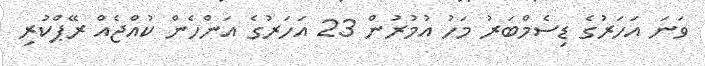
ވަނަ އަހަރުގެ ޑިސެމްބަރު މަހު އުމުރުން 23 އަހަރުގެ އަންހެން ކުއްޖެއް ރޭޕްކުރި